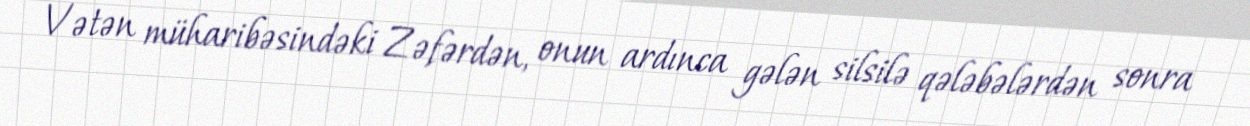
Vətən müharibəsindəki Zəfərdən, onun ardınca gələn silsilə qələbələrdən sonra